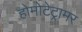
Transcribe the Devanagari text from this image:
होमोटेट्रामर